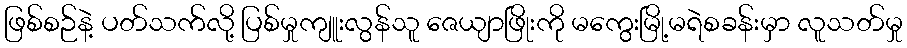
ဖြစ်စဉ်နဲ့ ပတ်သက်လို့ ပြစ်မှုကျူးလွန်သူ ဇေယျာဖြိုးကို မကွေးမြို့မရဲစခန်းမှာ လူသတ်မှု